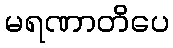
မရဏာတိပေ